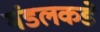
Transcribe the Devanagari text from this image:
मंडलकडे